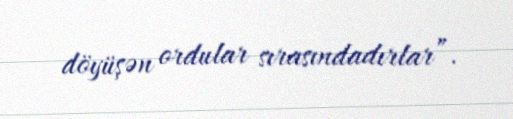
döyüşən ordular sırasındadırlar”.